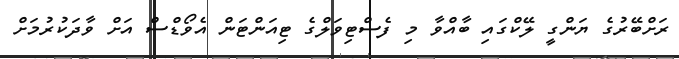
ރަށްބޭރުގެ ޔަންގީ ލޭކްގައި ބާއްވާ މި ފެސްޓިވަލްގެ ޓިއަންޓަން އެވޯޑްސް އަށް ވާދަކުރުމަށް